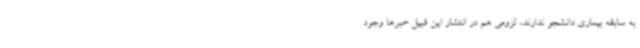
به سابقه بیماری دانشجو ندارند، لزومی هم در انتشار این قبیل خبرها وجود